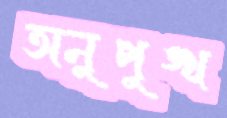
অনুপুঙ্খ